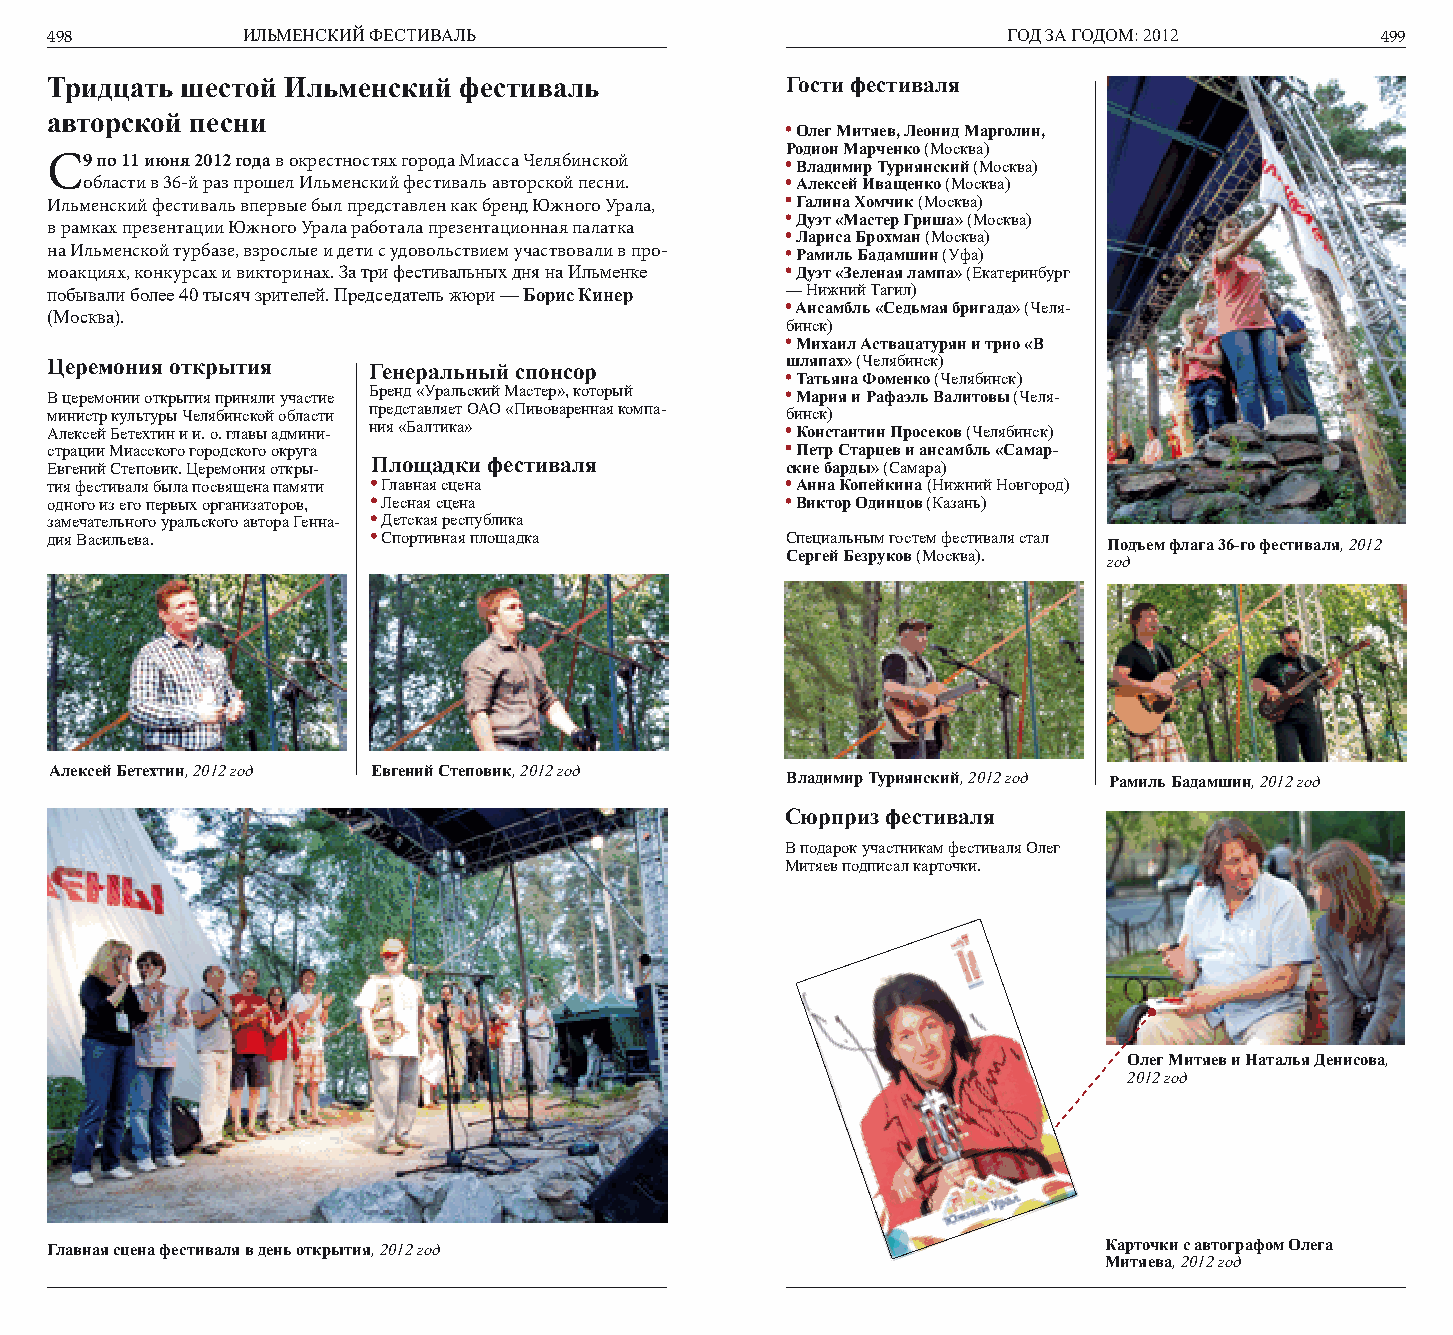
498          ИЛЬМЕНСКИЙ ФЕСТИВАЛЬ                               ГОД ЗА ГОДОМ: 2012      499
 Тридцать шестой Ильменский фестиваль             Гости фестиваля
 авторской песни
 Олег Митяев, Леонид Марголин,
 Родион Марченко (Москва)
 С9 по 11 июня 2012 года в окрестностях города Миасса Челябинской Владимир Туриянский (Москва)
 области в 36-й раз прошел Ильменский фестиваль авторской песни. Алексей Иващенко (Москва)
 Ильменский фестиваль впервые был представлен как бренд Южного Урала, Галина Хомчик (Москва)
 Дуэт «Мастер Гриша» (Москва)
 в рамках презентации Южного Урала работала презентационная палатка
 Лариса Брохман (Москва)
 на Ильменской турбазе, взрослые и дети с удовольствием участвовали в про- Рамиль Бадамшин (Уфа)
 моакциях, конкурсах и викторинах. За три фестивальных дня на Ильменке Дуэт «Зеленая лампа» (Екатеринбург
 побывали более 40 тысяч зрителей. Председатель жюри — Борис Кинер — Нижний Тагил)
 Ансамбль «Седьмая бригада» (Челя-
 (Москва).
 бинск)
 Михаил Аствацатурян и трио «В
 Церемония открытия   Генеральный спонсор         шляпах» (Челябинск)
 Татьяна Фоменко (Челябинск)
 В церемонии открытия приняли участие Бренд «Уральский Мастер», который Мария и Рафаэль Валитовы (Челя-
 министр культуры Челябинской области представляет ОАО «Пивоваренная компа- бинск)
 Алексей Бетехтин и и. о. главы админи- ния «Балтика» Константин Просеков (Челябинск)
 страции Миасского городского округа               Петр Старцев и ансамбль «Самар-
 Евгений Степовик. Церемония откры- Площадки фестиваля ские барды» (Самара)
 тия фестиваля была посвящена памяти Главная сцена Анна Копейкина (Нижний Новгород)
 одного из его первых организаторов, Лесная сцена  Виктор Одинцов (Казань)
 замечательного уральского автора Генна- Детская республика
 дия Васильева.        Спортивная площадка        Специальным гостем фестиваля стал Подъем флага 36-го фестиваля, 2012
 Сергей Безруков (Москва). год
 Алексей Бетехтин, 2012 год Евгений Степовик, 2012 год
 Владимир Туриянский, 2012 год Рамиль Бадамшин, 2012 год
 Сюрприз фестиваля
 В подарок участникам фестиваля Олег
 Митяев подписал карточки.
 Олег Митяев и Наталья Денисова,
 2012 год
 Главная сцена фестиваля в день открытия, 2012 год                     Карточки с автографом Олега
 Митяева, 2012 год